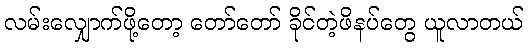
လမ်းလျှောက်ဖို့တော့ တော်တော် ခိုင်တဲ့ဖိနပ်တွေ ယူလာတယ်